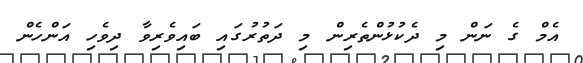
އެމް ގެ ނަން މި ދެކުޅުންތެރިން މި ދަތުރުގައި ބައިވެރިވާ ދިވެހި އަންހެން